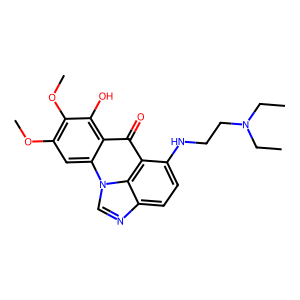
SMILES: CCN(CC)CCNc1ccc2ncn3c4cc(OC)c(OC)c(O)c4c(=O)c1c23
Inhibits HIV replication: No